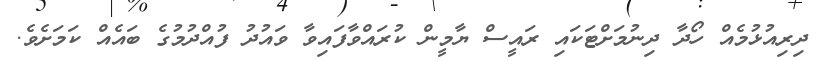
ދިރިއުޅުމެއް ހޯދާ ދިނުމަށްޓަކައި ރައީސް ޔާމީން ކުރައްވާފައިވާ ވައުދު ފުއްދުމުގެ ބައެއް ކަމަށެވެ.